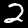
Digit: 2